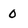
Character: 0